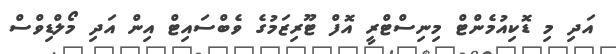
އަދި މި ޑޮކިއުމެންޓް މިނިސްޓްރީ އޮފް ޓޫރިޒަމުގެ ވެބްސައިޓް އިން އަދި މޯލްޑިވްސް